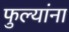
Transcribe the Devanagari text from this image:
फुल्यांना